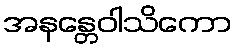
အနန္တေဝါသိကော